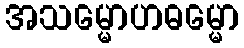
အသမ္မောဟဓမ္မော